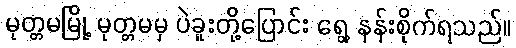
မုတ္တမမြို့ မုတ္တမမှ ပဲခူးတို့ပြောင်း ရွေ့ နန်းစိုက်ရသည်။